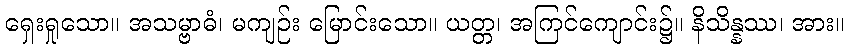
ရှေးရှုသော။ အသမ္ဗာဓံ၊ မကျဉ်း မြောင်းသော။ ယတ္တ၊ အကြင်ကျောင်း၌။ နိသိန္နဿ၊ အား။